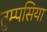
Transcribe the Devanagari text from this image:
तुम्पसिया